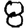
Digit: 8